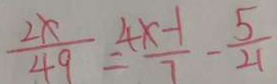
\frac { 2 x } { 4 9 } = \frac { 4 x - 1 } { 7 } - \frac { 5 } { 2 1 }